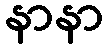
နာနာ